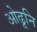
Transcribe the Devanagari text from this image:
ओढूनि